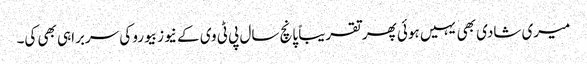
میری شادی بھی یہیں ہوئی پھر تقریباً پانچ سال پی ٹی وی کے نیوز بیورو کی سربراہی بھی کی۔